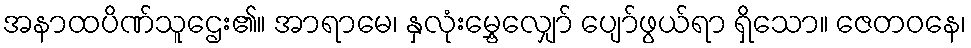
အနာထပိဏ်သူဌေး၏။ အာရာမေ၊ နှလုံးမွှေ့လျှော် ပျော်ဖွယ်ရာ ရှိသော။ ဇေတဝနေ၊